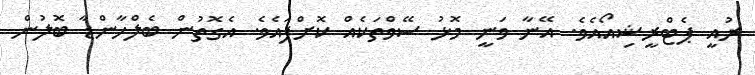
ރުއީ ޕެޓްރީޝިއޯއެވެ. އޭނާ ވަނީ މޮޅު ސޭވްތަކެއް ކޮށްފައެވެ. އެގޮތުން ބެލްހާންޑާ ބޮލުން